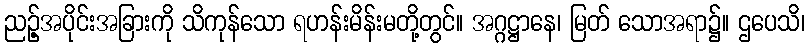
ညဉ့်အပိုင်းအခြားကို သိကုန်သော ရဟန်းမိန်းမတို့တွင်။ အဂ္ဂဋ္ဌာနေ၊ မြတ် သောအရာ၌။ ဌပေသိ၊